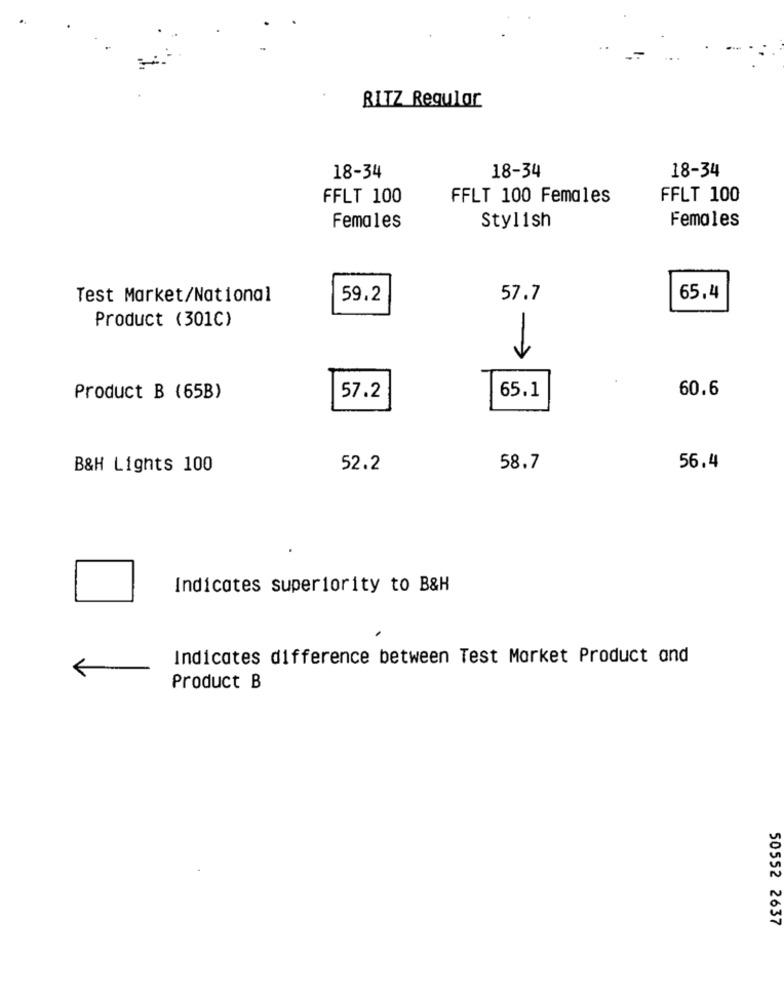
RITZ Regular
18-34
18-34
18-34
FFLT 100
FFLT 100 Females
FFLT 100
Females
Females
Stylish
Test Market/National
59.2
57.7
65,4
Product (301C)
->
60.6
Product B (65B)
57.2
65.1
B&H Lights 100
52.2
58.7
56.4
Indicates superiority to B&H
Indicates difference between Test Morket Product and
Product B
50552 2637